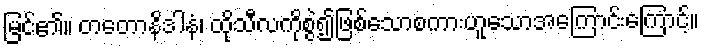
မြင်၏။ တတောနိဒါနံ၊ ထိုသီလကိုစွဲ၍ဖြစ်သောစကားဟူသောအကြောင်းကြောင့်။